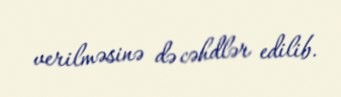
verilməsinə də cəhdlər edilib.